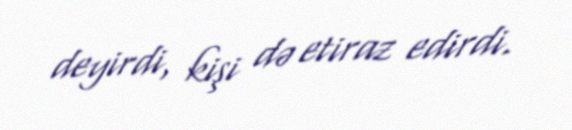
deyirdi, kişi də etiraz edirdi.